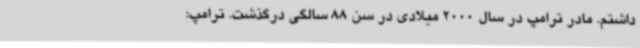
داشتم. مادر ترامپ در سال 2000 میلادی در سن 88 سالگی درگذشت. ترامپ: